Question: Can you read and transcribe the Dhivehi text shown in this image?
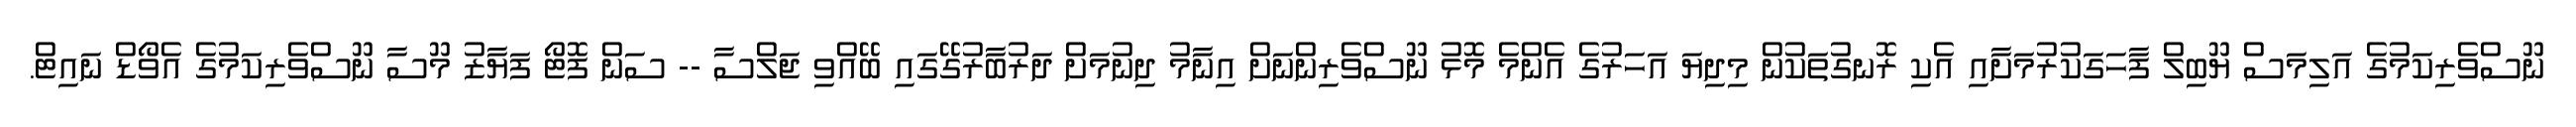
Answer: ނޫސްވެރިކަމުގެ އަލިމަސް ޔޫބިލް ފާހަގަކުރުމަށާއި އެކި ރޮނގުތަކުން މިދިޔަ އަހަރުގެ އެންމެ މޮޅު ނޫސްވެރިންނަށް އިނާމު ދިނުމަށް ދަރުބާރުގޭގައި ބޭއްވި ޖަލްސާ -- ސަން ފޮޓޯ ފަޔާޒު މޫސާ ނޫސްވެރިކަމުގެ އެވޯޑް ނައިޓް.